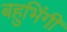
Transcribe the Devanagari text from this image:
बहुभिंगी